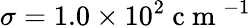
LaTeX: \sigma=1.0\times 10^{2}\mathrm{~c~m~}^{-1}